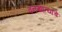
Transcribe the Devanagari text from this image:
वनखात्याचे